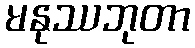
မနုဿဘုတာ